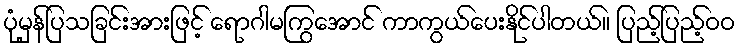
ပုံမှန်ပြသခြင်းအားဖြင့် ရောဂါမကြွအောင် ကာကွယ်ပေးနိုင်ပါတယ်။ ပြည့်ပြည့်ဝဝ